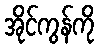
အိုင်ကွန်ကို